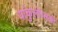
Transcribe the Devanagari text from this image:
यांकुलोव्सकी